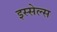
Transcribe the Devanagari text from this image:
इस्सेल्स